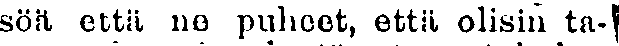
söä että ne puheet, että olisin ta-